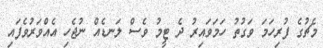
މެޗުގެ ފުރިހަމަ ވަގުތު ހަމަވައިރު ދެ ޓީމު ވެސް ލަނޑެއް ނުޖެހި އެއްވަރުވެފައި